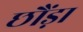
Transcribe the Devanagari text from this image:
छौंड़ा